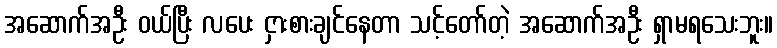
အဆောက်အဦး ဝယ်ပြီး လပေး ငှားစားချင်နေတာ သင့်တော်တဲ့ အဆောက်အဦး ရှာမရသေးဘူး။